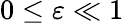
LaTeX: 0\leq\varepsilon\ll 1